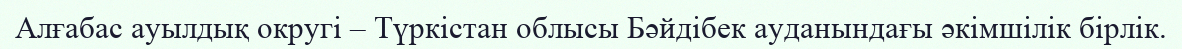
Алғабас ауылдық округі – Түркістан облысы Бәйдібек ауданындағы әкімшілік бірлік.